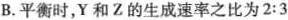
B.平衡时，Y和Z的生成速率之比为2:3